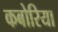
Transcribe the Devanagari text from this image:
कबोरिया